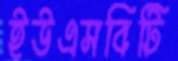
ইউএসবিটি